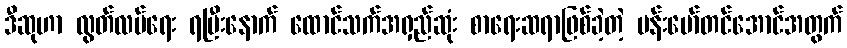
ဒီဆုဟာ လွတ်လပ်ရေး ရပြီးနောက် ထောင်သက်အရှည်ဆုံး စာရေးဆရာဖြစ်ခဲ့တဲ့ ဗန်းမော်တင်အောင်အတွက်